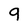
Character: 9